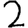
Digit: 2